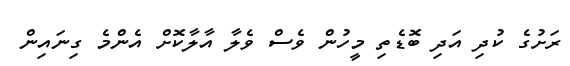
ރަށުގެ ކުދި އަދި ބޮޑެތި މީހުން ވެސް ވެލާ އާލާކޮށް އެންމެ ގިނައިން